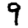
Digit: 9